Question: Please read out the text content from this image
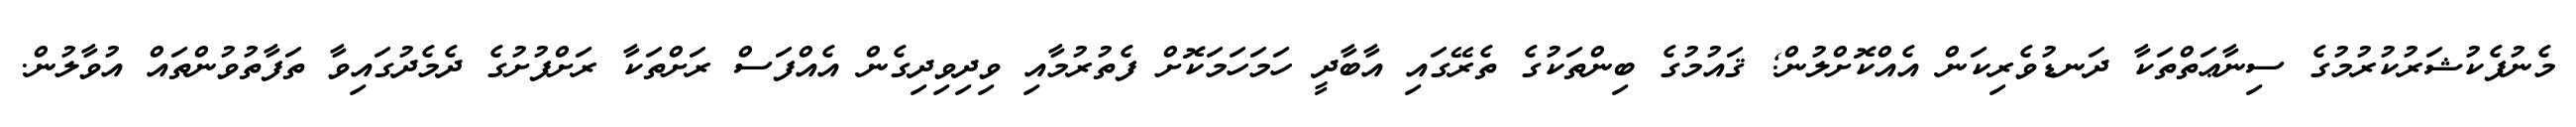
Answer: މެނުފެކުޝަރުކުރުމުގެ ސިނާޢަތްތަކާ ދަނޑުވެރިކަން އެއްކޮށްލުން; ޤައުމުގެ ބިންތަކުގެ ތެރޭގައި އާބާދީ ހަމަހަމަކޮށް ފެތުރުމާއި ވިދިވިދިގެން އެއްފަސް ރަށްތަކާ ރަށްފުށުގެ ދެމެދުގައިވާ ތަފާތުވުންތައް އުވާލުން.